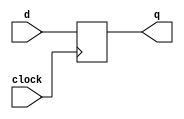
`timescale 1ns / 1ps

module dff(clock,d,q);
input clock, d;
output q;
reg q=0;
always @(posedge clock)
begin
q<=d;
end
endmodule